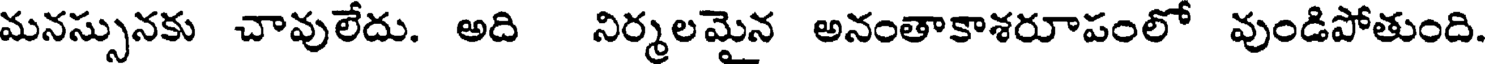
మనస్సునకు చావులేదు. అది నిర్మలమైన అనంతాకాశరూపంలో వుండిపోతుంది.